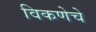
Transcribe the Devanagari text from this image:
विकणेचे